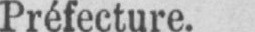
Préfecture.